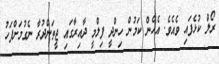
ރޯލް ކުޅެފައި ވެއެވެ. އެހެން ކަމުން ހިންދީ ފިލްމީ ދާއިރާގައި ޖީތަންދުރާ ނެގުމަށްފަހު